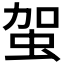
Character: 𧉪